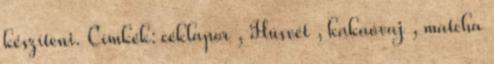
készíteni. Címkék: céklapor , Húsvét , kakaóvaj , matcha